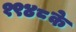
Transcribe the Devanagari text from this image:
१९४८के